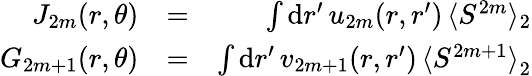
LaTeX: \begin{array}{rlr}{J_{2m}(r,\theta)}&{=}&{\int\mathrm{d}r^{\prime}\, u_{2m}(r,r^{\prime})\, \langle S^{2m}\rangle_{2}}\\ {G_{2m+1}(r,\theta)}&{=}&{\int\mathrm{d}r^{\prime}\, {v_{2m+1}(r,r^{\prime})\, \langle S^{2m+1}\rangle}_{2}}\end{array}